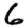
Digit: 6